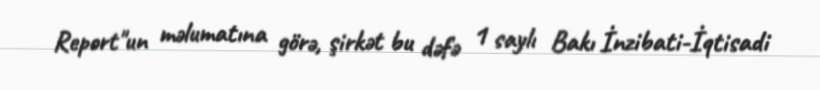
Report"un məlumatına görə, şirkət bu dəfə 1 saylı Bakı İnzibati-İqtisadi